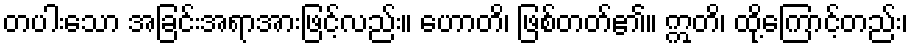
တပါးသော အခြင်းအရာအားဖြင့်လည်း။ ဟောတိ၊ ဖြစ်တတ်၏။ ဣတိ၊ ထို့ကြောင့်တည်း၊